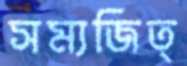
সম্যজিত্